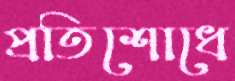
প্রতিশোধে